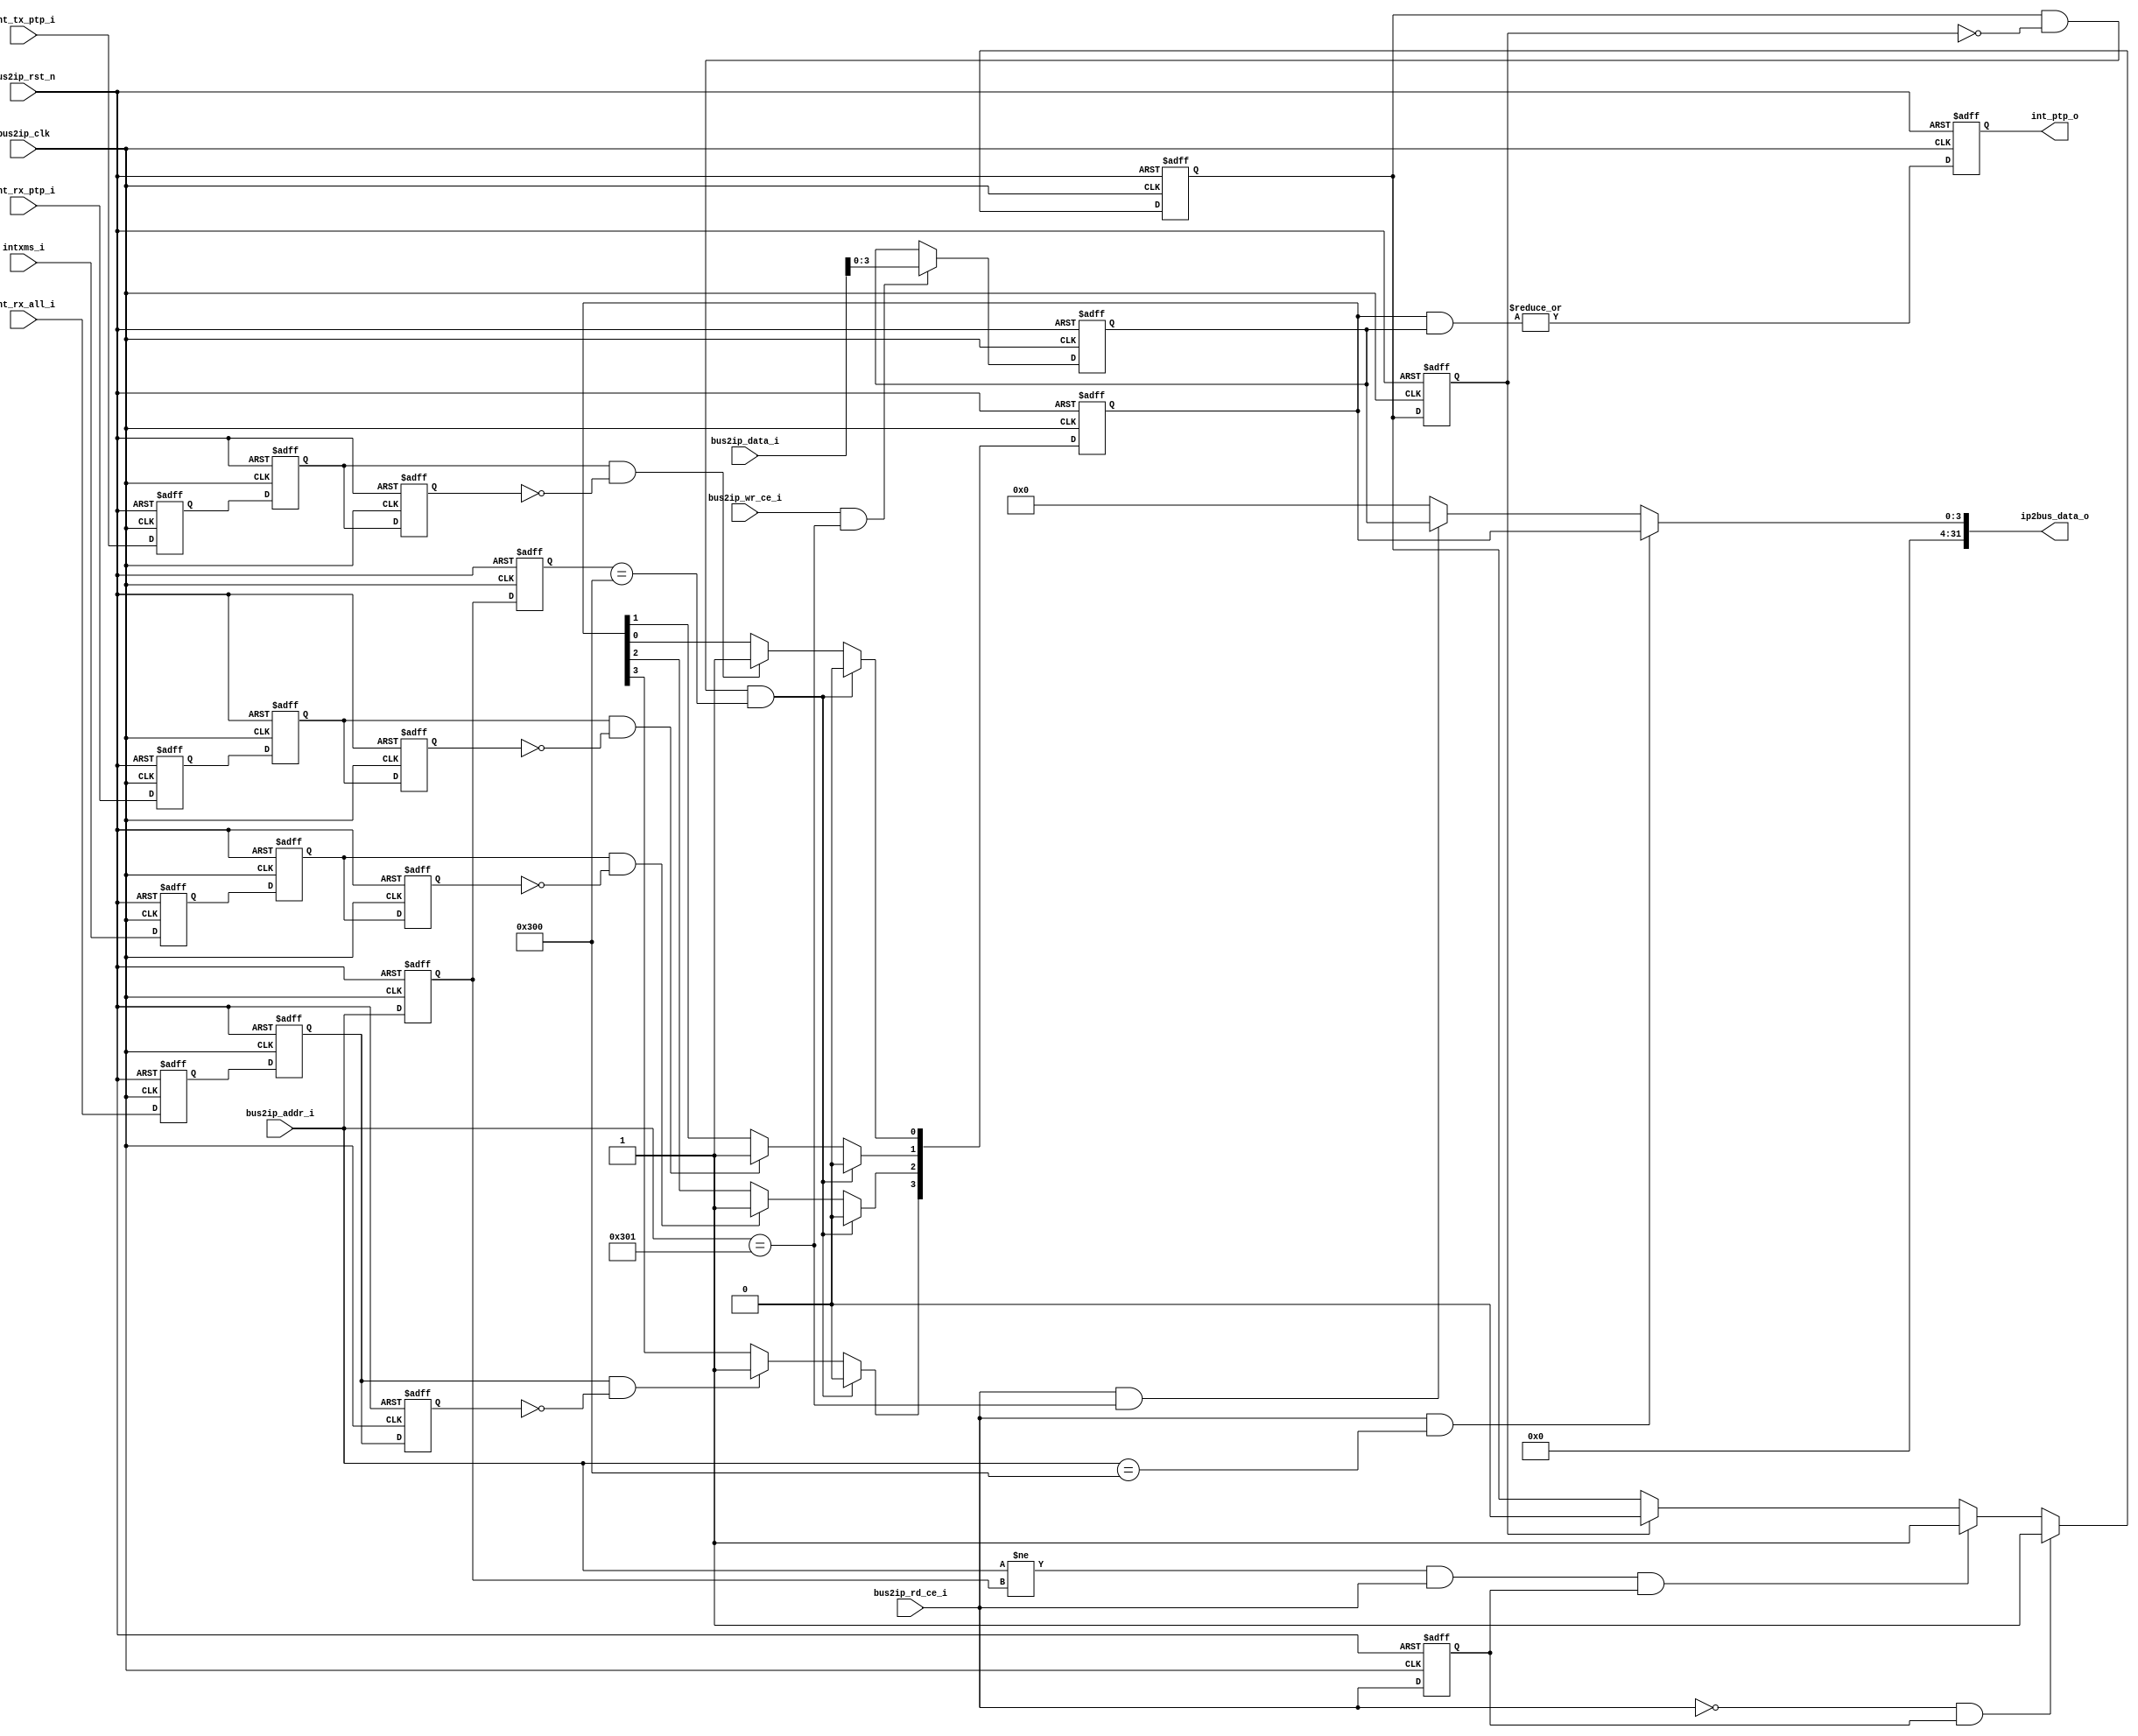
// This program was cloned from: https://github.com/lvzhengde/tsn-soc
// License: BSD 3-Clause "New" or "Revised" License

/*+
 * Copyright (c) 2022-2023 Zhengde
 * 
 * All rights reserved.
 * 
 * Redistribution and use in source and binary forms, with or without
 * modification, are permitted provided that the following conditions are met:
 * 
 * 1 Redistributions of source code must retain the above copyright notice, this
 *   list of conditions and the following disclaimer.
 * 
 * 2 Redistributions in binary form must reproduce the above copyright notice,
 *   this list of conditions and the following disclaimer in the documentation
 *   and/or other materials provided with the distribution.
 * 
 * 3 Neither the name of the copyright holder nor the names of its
 *   contributors may be used to endorse or promote products derived from
 *   this software without specific prior written permission.
 * 
 * THIS SOFTWARE IS PROVIDED BY THE COPYRIGHT HOLDERS AND CONTRIBUTORS "AS IS"
 * AND ANY EXPRESS OR IMPLIED WARRANTIES, INCLUDING, BUT NOT LIMITED TO, THE
 * IMPLIED WARRANTIES OF MERCHANTABILITY AND FITNESS FOR A PARTICULAR PURPOSE ARE
 * DISCLAIMED. IN NO EVENT SHALL THE COPYRIGHT HOLDER OR CONTRIBUTORS BE LIABLE
 * FOR ANY DIRECT, INDIRECT, INCIDENTAL, SPECIAL, EXEMPLARY, OR CONSEQUENTIAL
 * DAMAGES (INCLUDING, BUT NOT LIMITED TO, PROCUREMENT OF SUBSTITUTE GOODS OR
 * SERVICES; LOSS OF USE, DATA, OR PROFITS; OR BUSINESS INTERRUPTION) HOWEVER
 * CAUSED AND ON ANY THEORY OF LIABILITY, WHETHER IN CONTRACT, STRICT LIABILITY,
 * OR TORT (INCLUDING NEGLIGENCE OR OTHERWISE) ARISING IN ANY WAY OUT OF THE USE
 * OF THIS SOFTWARE, EVEN IF ADVISED OF THE POSSIBILITY OF SUCH DAMAGE.
-*/

/*+
 * interrupt controller for xge-ptpv2 core 
-*/

module ptp_int_ctl (
    //32 bits on chip bus access interface
    input               bus2ip_clk   ,
    input               bus2ip_rst_n  ,
    input  [31:0]       bus2ip_addr_i ,
    input  [31:0]       bus2ip_data_i ,
    input               bus2ip_rd_ce_i ,         //active high
    input               bus2ip_wr_ce_i ,         //active high
    output reg [31:0]   ip2bus_data_o ,  

    //interrupt inputs
    input               int_rx_all_i,
    input               intxms_i,
    input               int_rx_ptp_i,
    input               int_tx_ptp_i,

    //combined interrupt output
    output reg          int_ptp_o
);
    parameter INT_BASE_ADDR = 32'h300;

    //delay interrupt inputs
    reg  int_rx_all_z1, int_rx_all_z2, int_rx_all_z3;
    reg  intxms_z1, intxms_z2, intxms_z3;
    reg  int_rx_ptp_z1, int_rx_ptp_z2, int_rx_ptp_z3;
    reg  int_tx_ptp_z1, int_tx_ptp_z2, int_tx_ptp_z3;

    always @(posedge bus2ip_clk or negedge bus2ip_rst_n) begin
        if(!bus2ip_rst_n) begin
            {int_rx_all_z1, int_rx_all_z2, int_rx_all_z3} <= 3'b0;
            {intxms_z1, intxms_z2, intxms_z3} <= 3'b0;
            {int_rx_ptp_z1, int_rx_ptp_z2, int_rx_ptp_z3} <= 3'b0;
            {int_tx_ptp_z1, int_tx_ptp_z2, int_tx_ptp_z3} <= 3'b0;
        end
        else begin
            {int_rx_all_z1, int_rx_all_z2, int_rx_all_z3} <= {int_rx_all_i, int_rx_all_z1, int_rx_all_z2};
            {intxms_z1, intxms_z2, intxms_z3} <= {intxms_i, intxms_z1, intxms_z2};
            {int_rx_ptp_z1, int_rx_ptp_z2, int_rx_ptp_z3} <= {int_rx_ptp_i, int_rx_ptp_z1, int_rx_ptp_z2};
            {int_tx_ptp_z1, int_tx_ptp_z2, int_tx_ptp_z3} <= {int_tx_ptp_i, int_tx_ptp_z1, int_tx_ptp_z2};
        end
    end

    //generate read clear signal internally
    reg  [31:0]      bus2ip_addr_z1, bus2ip_addr_z2 ; 
    reg              bus2ip_rd_ce_z1 ;         //active high
    reg              read_clear, read_clear_z1 ; 
    wire             read_clear_pulse = read_clear & (~read_clear_z1);

    always @(posedge bus2ip_clk or negedge bus2ip_rst_n) begin
        if(!bus2ip_rst_n) begin
            bus2ip_addr_z1 <= 32'h0;
            bus2ip_addr_z2 <= 32'h0;
            bus2ip_rd_ce_z1 <= 1'b0;
            read_clear_z1  <= 1'b0;
        end
        else begin
            bus2ip_addr_z1 <= bus2ip_addr_i;
            bus2ip_addr_z2 <= bus2ip_addr_z1;
            bus2ip_rd_ce_z1 <= bus2ip_rd_ce_i;
            read_clear_z1  <= read_clear  ;
        end
    end

    always @(posedge bus2ip_clk or negedge bus2ip_rst_n) begin
        if(!bus2ip_rst_n)
            read_clear <= 1'b0;
        else if(bus2ip_rd_ce_i == 1'b0 && bus2ip_rd_ce_z1 == 1'b1) //single read
            read_clear <= 1'b1;
        else if(bus2ip_addr_i != bus2ip_addr_z1 && bus2ip_rd_ce_i == 1'b1 && bus2ip_rd_ce_z1 == 1'b1) //continuous read and not the first one
            read_clear <= 1'b1;
        else if(read_clear_z1 == 1'b1)
            read_clear <= 1'b0;
    end

    //interrupt status register
    reg  [3:0]  int_status;

    always @(posedge bus2ip_clk or negedge bus2ip_rst_n) begin
        if(!bus2ip_rst_n)
            int_status[3:0] <= 4'b0;
        else if(read_clear_pulse == 1'b1 && bus2ip_addr_z2[31:0] == INT_BASE_ADDR) 
            int_status[3:0] <= 4'b0;
        else begin
            if(int_rx_all_z2 &(~int_rx_all_z3) )   int_status[3] <= 1'b1;
            if(intxms_z2 & (~intxms_z3))           int_status[2] <= 1'b1;
            if(int_rx_ptp_z2 &(~int_rx_ptp_z3) )   int_status[1] <= 1'b1;
            if(int_tx_ptp_z2 &(~int_tx_ptp_z3) )   int_status[0] <= 1'b1;
        end
    end

    //interrupt mask register
    reg  [3:0]  int_mask;

    always @(posedge bus2ip_clk or negedge bus2ip_rst_n) begin
        if(!bus2ip_rst_n)
            int_mask[3:0] <= 4'b1111;
        else if(bus2ip_wr_ce_i == 1'b1 && bus2ip_addr_i == (INT_BASE_ADDR+1))
            int_mask[3:0] <= bus2ip_data_i[3:0];
    end

    //bus read operation
    always @(*) begin
        if(bus2ip_rd_ce_i == 1'b1 && bus2ip_addr_i == INT_BASE_ADDR)
            ip2bus_data_o[31:0] = {28'b0, int_status[3:0]};
        else if(bus2ip_rd_ce_i == 1'b1 && bus2ip_addr_i == (INT_BASE_ADDR+1))
            ip2bus_data_o[31:0] = {28'b0, int_mask[3:0]};
        else
            ip2bus_data_o[31:0] = 32'h0;
    end

    //ouput interrupt
    always @(posedge bus2ip_clk or negedge bus2ip_rst_n) begin
        if(!bus2ip_rst_n)
            int_ptp_o <= 1'b0;
        else
            int_ptp_o <= |(int_status[3:0] & int_mask[3:0]);
    end

endmodule